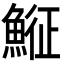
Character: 𩸵